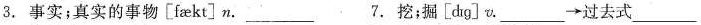
3.事实;真实的事物[faekt]n. ___ 7.挖;掘[dɪg]v. ___\rightarrow过去式___